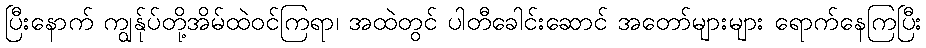
ပြီးနောက် ကျွန်ုပ်တို့အိမ်ထဲဝင်ကြရာ၊ အထဲတွင် ပါတီခေါင်းဆောင် အတော်များများ ရောက်နေကြပြီး